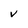
Character: v